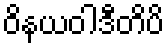
ဝိနယဝါဒီတိပိ